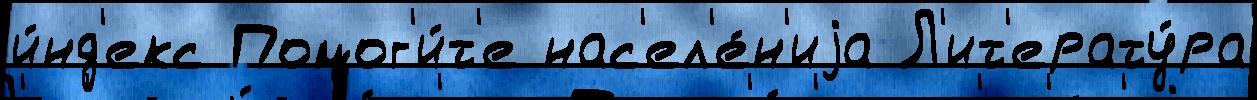
и́нд'екс Помог'и́т'е нас'ел'е́н'иjа Л'ит'ерату́ра